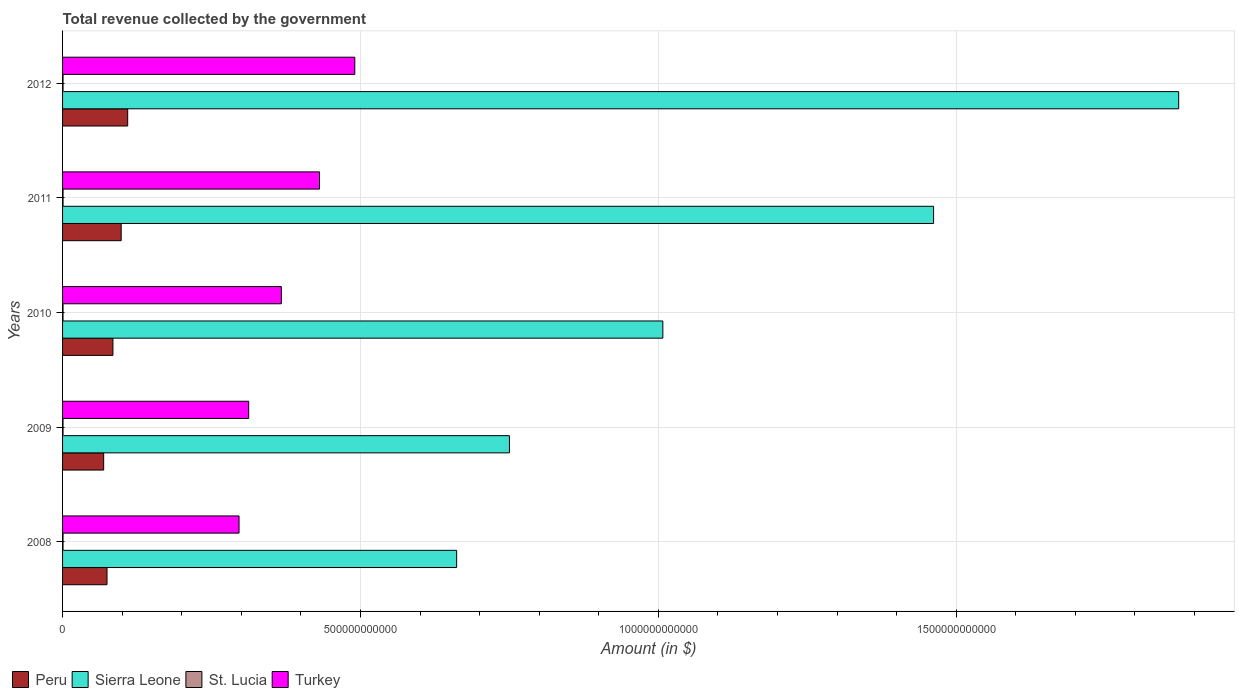
| Years | Peru | Sierra Leone | St. Lucia | Turkey |
 | --- | --- | --- | --- | --- |
 | 2008 | 7.46e+10 | 6.61e+11 | 7.81e+08 | 2.96e+11 |
 | 2009 | 6.9e+10 | 7.5e+11 | 7.71e+08 | 3.12e+11 |
 | 2010 | 8.45e+10 | 1.01e+12 | 7.76e+08 | 3.67e+11 |
 | 2011 | 9.84e+10 | 1.46e+12 | 8.17e+08 | 4.31e+11 |
 | 2012 | 1.09e+11 | 1.87e+12 | 8.1e+08 | 4.91e+11 |